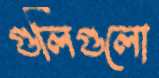
গুলিগুলো